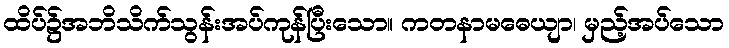
ထိပ်၌အဘိသိက်သွန်းအပ်ကုန်ပြီးသော။ ကတနာမဓေယျာ၊ မှည့်အပ်သော